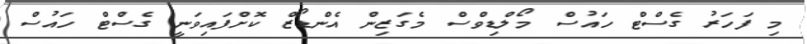
މި ފަހަރު ގެސްޓް ހައުސް މޯލްޑިވްސް މެގަޒިން އެންޑޯޒް ކޮށްފައިވަނީ ގެސްޓް ހައުސް